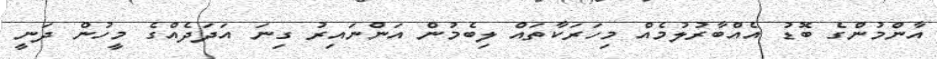
އާންމުންގެ ބޮޑު އެއްބާރުލުމެއް މިހަރަކާތައް ލިބެމުން އަންނައިރު ގިނަ އަދަދެއްގެ މީހުން ދަނީ